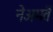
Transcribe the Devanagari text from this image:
नेअमतेें